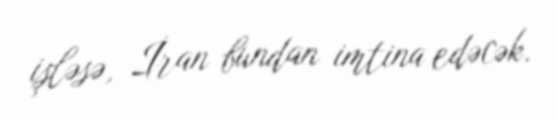
işləsə, İran bundan imtina edəcək.